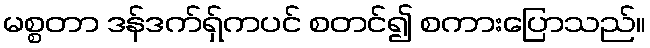
မစ္စတာ ဒန်ဒက်ရှ်ကပင် စတင်၍ စကားပြောသည်။